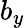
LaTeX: b_{y}